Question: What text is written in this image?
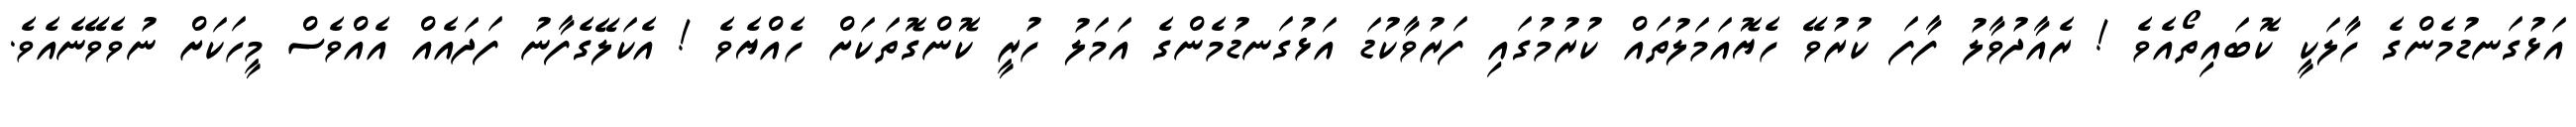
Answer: އަޅުގަނޑުމެންގެ ހާލަކީ ކޮބައިތޯއެވެ ! ރެއާދުވާލު ފާފަ ކުރުވޭ ހެޔޮއަމަލުތައް ކުރުމުގައި ފަރުވާކުޑަ އަޅުގަނޑުމެންގެ އަމަލު ހުރީ ކޮންގޮތަކަށް ހެއްޔެވެ ! އެކަލޭގެފާނު ފަދައެއް އެއްވެސް މީހަކަށް ނުވެވޭނެއެވެ.